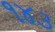
૧૪૩